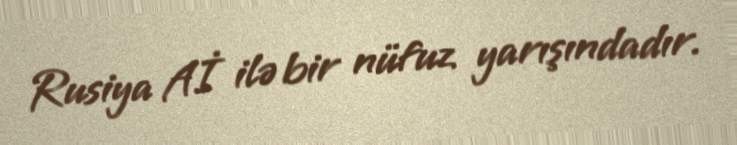
Rusiya Aİ ilə bir nüfuz yarışındadır.